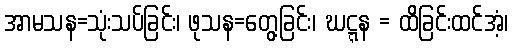
အာမသန=သုံးသပ်ခြင်း၊ ဖုသန=တွေ့ခြင်း၊ ဃဋ္ဋန = ထိခြင်းထင်အံ့၊